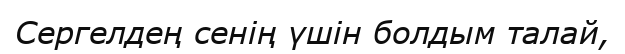
Сергелдең сенің үшін болдым талай,